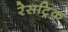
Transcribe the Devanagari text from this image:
रेसट्रिक